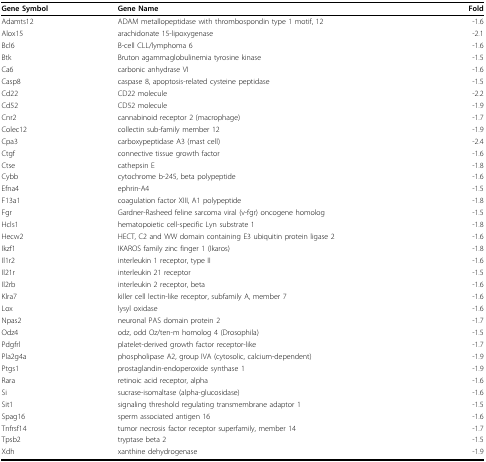
| Gene Symbol | Gene Name | Fold |
 | --- | --- | --- |
 | Adamts12 | ADAM metallopeptidase with thrombospondin type 1 motif, 12 | -1.6 |
 | Alox15 | arachidonate 15-lipoxygenase | -2.1 |
 | Bcl6 | B-cell CLL/lymphoma 6 | -1.6 |
 | Btk | Bruton agammaglobulinemia tyrosine kinase | -1.5 |
 | Ca6 | carbonic anhydrase VI | -1.6 |
 | Casp8 | caspase 8, apoptosis-related cysteine peptidase | -1.5 |
 | Cd22 | CD22 molecule | -2.2 |
 | Cd52 | CD52 molecule | -1.9 |
 | Cnr2 | cannabinoid receptor 2 (macrophage) | -1.7 |
 | Colec12 | collectin sub-family member 12 | -1.9 |
 | Cpa3 | carboxypeptidase A3 (mast cell) | -2.4 |
 | Ctgf | connective tissue growth factor | -1.6 |
 | Ctse | cathepsin E | -1.8 |
 | Cybb | cytochrome b-245, beta polypeptide | -1.6 |
 | Efna4 | ephrin-A4 | -1.5 |
 | F13a1 | coagulation factor XIII, A1 polypeptide | -1.8 |
 | Fgr | Gardner-Rasheed feline sarcoma viral (v-fgr) oncogene homolog | -1.5 |
 | Hcls1 | hematopoietic cell-specific Lyn substrate 1 | -1.8 |
 | Hecw2 | HECT, C2 and WW domain containing E3 ubiquitin protein ligase 2 | -1.6 |
 | Ikzf1 | IKAROS family zinc finger 1 (Ikaros) | -1.8 |
 | Il1r2 | interleukin 1 receptor, type II | -1.6 |
 | Il21r | interleukin 21 receptor | -1.5 |
 | Il2rb | interleukin 2 receptor, beta | -1.6 |
 | Klra7 | killer cell lectin-like receptor, subfamily A, member 7 | -1.6 |
 | Lox | lysyl oxidase | -1.6 |
 | Npas2 | neuronal PAS domain protein 2 | -1.7 |
 | Odz4 | odz, odd Oz/ten-m homolog 4 (Drosophila) | -1.5 |
 | Pdgfrl | platelet-derived growth factor receptor-like | -1.7 |
 | Pla2g4a | phospholipase A2, group IVA (cytosolic, calcium-dependent) | -1.9 |
 | Ptgs1 | prostaglandin-endoperoxide synthase 1 | -1.9 |
 | Rara | retinoic acid receptor, alpha | -1.6 |
 | Si | sucrase-isomaltase (alpha-glucosidase) | -1.6 |
 | Sit1 | signaling threshold regulating transmembrane adaptor 1 | -1.5 |
 | Spag16 | sperm associated antigen 16 | -1.6 |
 | Tnfrsf14 | tumor necrosis factor receptor superfamily, member 14 | -1.7 |
 | Tpsb2 | tryptase beta 2 | -1.5 |
 | Xdh | xanthine dehydrogenase | -1.9 |